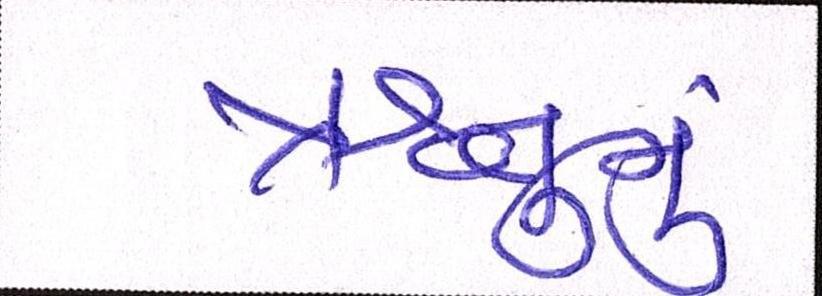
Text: ઋતુનું